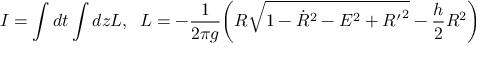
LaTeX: I = \int d t \int d z { \cal L } , \; \; { \cal L } = - \frac { 1 } { 2 \pi g } \bigg ( R \sqrt { 1 - { \dot { R } } ^ { 2 } - { \cal E } ^ { 2 } + { R ^ { \prime } } ^ { 2 } } - \frac { h } { 2 } R ^ { 2 } \bigg )